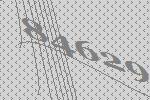
84629